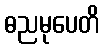
ဓညမုပေတိ